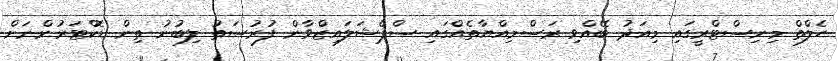
ހެލްތް މިނިސްޓްރީގައި މިއަދު ބޭއްވި ރަސްމިއްޔާތެއްގައި ސްޕެޝަލައިޒްވާން ފުރުސަތު ލިބުނު ތިން ޑޮކްޓަރުންނަށް